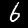
Label: 6